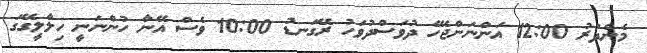
މެންދުރު 12:00 އަންނަންޖެހޭ ދުވަސްދުވަހު ރޭގަނޑު 10:00 ވެސް އޭނާ ހުންނަނީ ހިލާލީގޭގަ